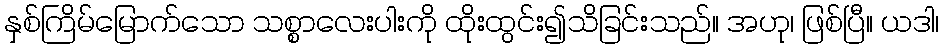
နှစ်ကြိမ်မြောက်သော သစ္စာလေးပါးကို ထိုးထွင်း၍သိခြင်းသည်။ အဟု၊ ဖြစ်ပြီ။ ယဒါ၊